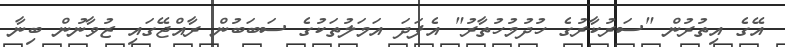
އޭގެ އިތުރުން "ސަރުކާރުގެ ހުދުމުހުތާރު" އެފަދަ އަމަލުތަކުގެ ސަބަބުން ރާއްޖޭގައި ޒުވާނުން ބިނާ